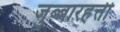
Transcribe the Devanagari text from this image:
जुब्बारहत्ती